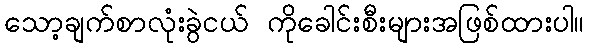
သော့ချက်စာလုံးခွဲငယ် ကိုခေါင်းစီးများအဖြစ်ထားပါ။